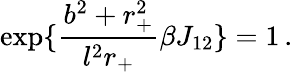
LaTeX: \exp\{ \frac{b^{2}+r_{+}^{2}}{l^{2}r_{+}}\beta J_{12}\} =1\, .